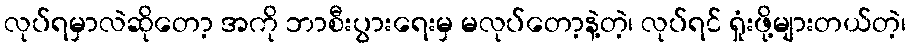
လုပ်ရမှာလဲဆိုတော့ အကို ဘာစီးပွားရေးမှ မလုပ်တော့နဲ့တဲ့၊ လုပ်ရင် ရှုံးဖို့များတယ်တဲ့၊